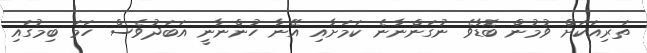
ތަރިއަކަށް ވުމުން ބޮޑާވެ ނުގަންނާނެ ކަމަށާއި އޭނާ ހުންނާނީ އަބަދުވެސް ހަމަ ބިމުގައި